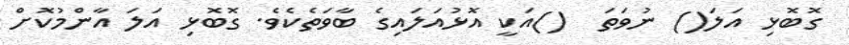
ގޮބޮޅި އަލަ() ނުވަތަ  ()އަކީ އޮޅުއަލައިގެ ބާވަތެކެވެ. ގޮބޮޅި އަލަ އާންމުކޮށް